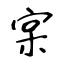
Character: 宲